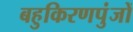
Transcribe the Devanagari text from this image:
बहुकिरणपुंजों